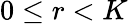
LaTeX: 0\le r<K